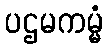
ပဌမကမ္မံ